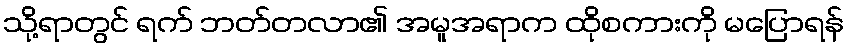
သို့ရာတွင် ရက် ဘတ်တလာ၏ အမူအရာက ထိုစကားကို မပြောရန်